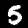
Digit: 5